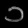
Digit: ၁